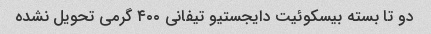
دو تا بسته بیسکوئیت دایجستیو تیفانی ۴۰۰ گرمی تحویل نشده